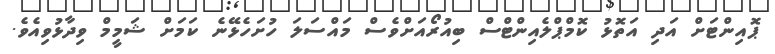
ޕޮއިންޓަށް އަދި އަތޮޅު ކޮމްޕްލެއިންޓްސް ބިއުރޯއަށްވެސް މައްސަލަ ހުށަހެޅޭނެ ކަމަށް ޝަމީމް ވިދާޅުވިއެވެ.